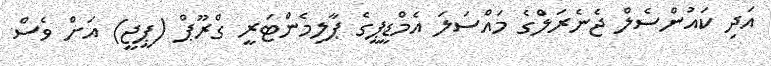
އަދި ކައުންސެލް ޖެނެރަލްގެ މައްސަލަ އެމްޑީޕީގެ ޕާލިމެންޓަރީ ގްރޫޕް (ޕީޖީ) އަށް ވެސް